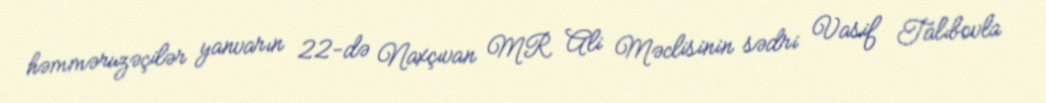
həmməruzəçilər yanvarın 22-də Naxçıvan MR Ali Məclisinin sədri Vasif Talıbovla